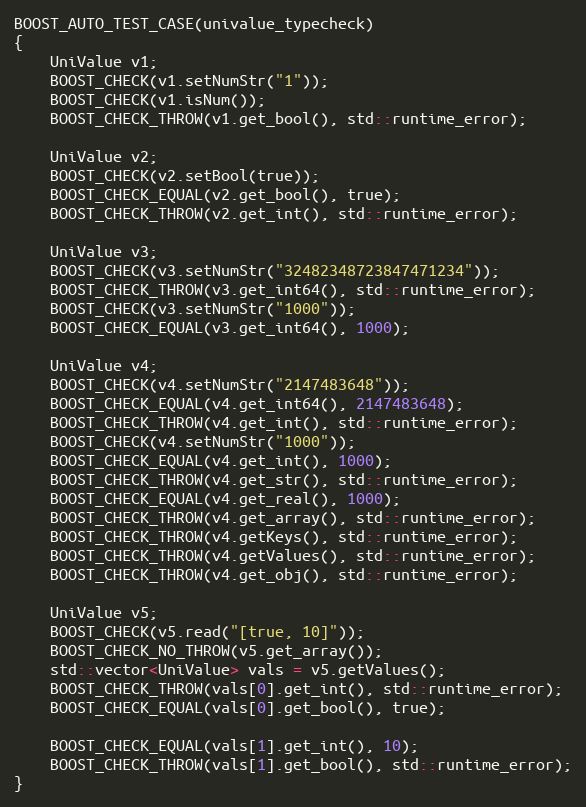
Language: C++
BOOST_AUTO_TEST_CASE(univalue_typecheck)
{
    UniValue v1;
    BOOST_CHECK(v1.setNumStr("1"));
    BOOST_CHECK(v1.isNum());
    BOOST_CHECK_THROW(v1.get_bool(), std::runtime_error);

    UniValue v2;
    BOOST_CHECK(v2.setBool(true));
    BOOST_CHECK_EQUAL(v2.get_bool(), true);
    BOOST_CHECK_THROW(v2.get_int(), std::runtime_error);

    UniValue v3;
    BOOST_CHECK(v3.setNumStr("32482348723847471234"));
    BOOST_CHECK_THROW(v3.get_int64(), std::runtime_error);
    BOOST_CHECK(v3.setNumStr("1000"));
    BOOST_CHECK_EQUAL(v3.get_int64(), 1000);

    UniValue v4;
    BOOST_CHECK(v4.setNumStr("2147483648"));
    BOOST_CHECK_EQUAL(v4.get_int64(), 2147483648);
    BOOST_CHECK_THROW(v4.get_int(), std::runtime_error);
    BOOST_CHECK(v4.setNumStr("1000"));
    BOOST_CHECK_EQUAL(v4.get_int(), 1000);
    BOOST_CHECK_THROW(v4.get_str(), std::runtime_error);
    BOOST_CHECK_EQUAL(v4.get_real(), 1000);
    BOOST_CHECK_THROW(v4.get_array(), std::runtime_error);
    BOOST_CHECK_THROW(v4.getKeys(), std::runtime_error);
    BOOST_CHECK_THROW(v4.getValues(), std::runtime_error);
    BOOST_CHECK_THROW(v4.get_obj(), std::runtime_error);

    UniValue v5;
    BOOST_CHECK(v5.read("[true, 10]"));
    BOOST_CHECK_NO_THROW(v5.get_array());
    std::vector<UniValue> vals = v5.getValues();
    BOOST_CHECK_THROW(vals[0].get_int(), std::runtime_error);
    BOOST_CHECK_EQUAL(vals[0].get_bool(), true);

    BOOST_CHECK_EQUAL(vals[1].get_int(), 10);
    BOOST_CHECK_THROW(vals[1].get_bool(), std::runtime_error);
}